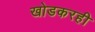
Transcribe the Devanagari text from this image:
खोडकरही